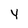
Character: Y